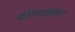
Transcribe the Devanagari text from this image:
कोरगाओंकर